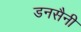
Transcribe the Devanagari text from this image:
डनसैनी